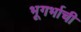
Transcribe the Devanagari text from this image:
भूगर्भाची